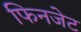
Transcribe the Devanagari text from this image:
फिनजेट